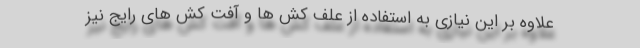
علاوه بر این نیازی به استفاده از علف کش ها و آفت کش های رایج نیز